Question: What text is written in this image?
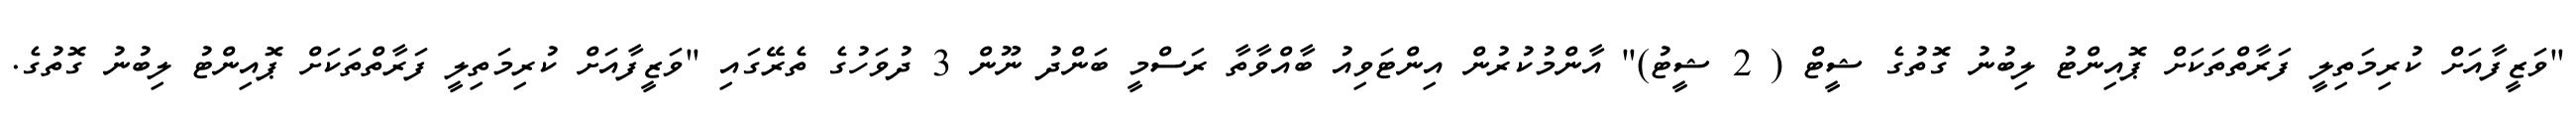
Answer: "ވަޒީފާއަށް ކުރިމަތިލީ ފަރާތްތަކަށް ޕޮއިންޓު ލިބުނު ގޮތުގެ ޝީޓް ( 2 ޝީޓު)" އާންމުކުރުން އިންޓަވިއު ބާއްވާތާ ރަސްމީ ބަންދު ނޫން 3 ދުވަހުގެ ތެރޭގައި "ވަޒީފާއަށް ކުރިމަތިލީ ފަރާތްތަކަށް ޕޮއިންޓު ލިބުނު ގޮތުގެ.